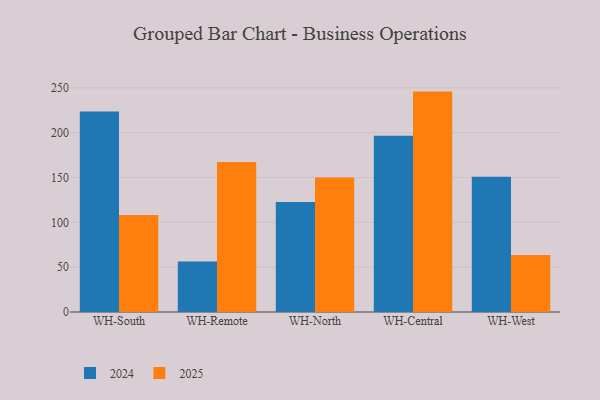
{"axis": {"x": "Warehouse", "y": "Website Visitors"}, "legend": ["2024", "2025"], "data": [{"x": "WH-South", "y": 108.1, "type": "2025"}, {"x": "WH-South", "y": 223.6, "type": "2024"}, {"x": "WH-Remote", "y": 167.3, "type": "2025"}, {"x": "WH-Remote", "y": 56.2, "type": "2024"}, {"x": "WH-North", "y": 150.0, "type": "2025"}, {"x": "WH-North", "y": 122.6, "type": "2024"}, {"x": "WH-Central", "y": 245.8, "type": "2025"}, {"x": "WH-Central", "y": 196.7, "type": "2024"}, {"x": "WH-West", "y": 63.5, "type": "2025"}, {"x": "WH-West", "y": 150.9, "type": "2024"}]}